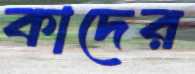
কাদের